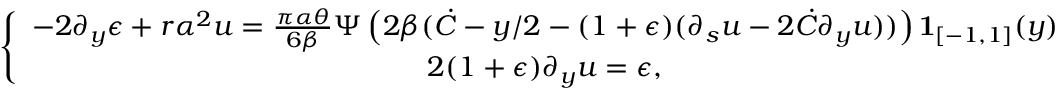
\left\lbrace \begin{array} { c } { - 2 \partial _ { y } \epsilon + r \alpha ^ { 2 } u = \frac { \pi \alpha \theta } { 6 \beta } \Psi \left( 2 \beta ( \dot { C } - y / 2 - ( 1 + \epsilon ) ( \partial _ { s } u - 2 \dot { C } \partial _ { y } u ) ) \right) \mathbf { 1 } _ { [ - 1 , 1 ] } ( y ) } \\ { 2 ( 1 + \epsilon ) \partial _ { y } u = \epsilon , } \end{array} \right.